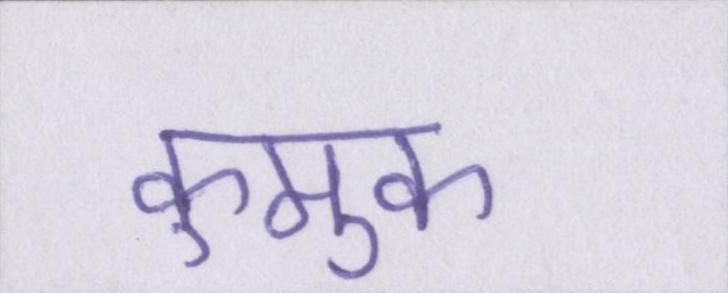
कुमुक